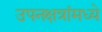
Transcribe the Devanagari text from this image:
उपनक्षत्रांमध्ये